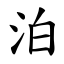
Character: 泊